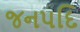
જનપદિ